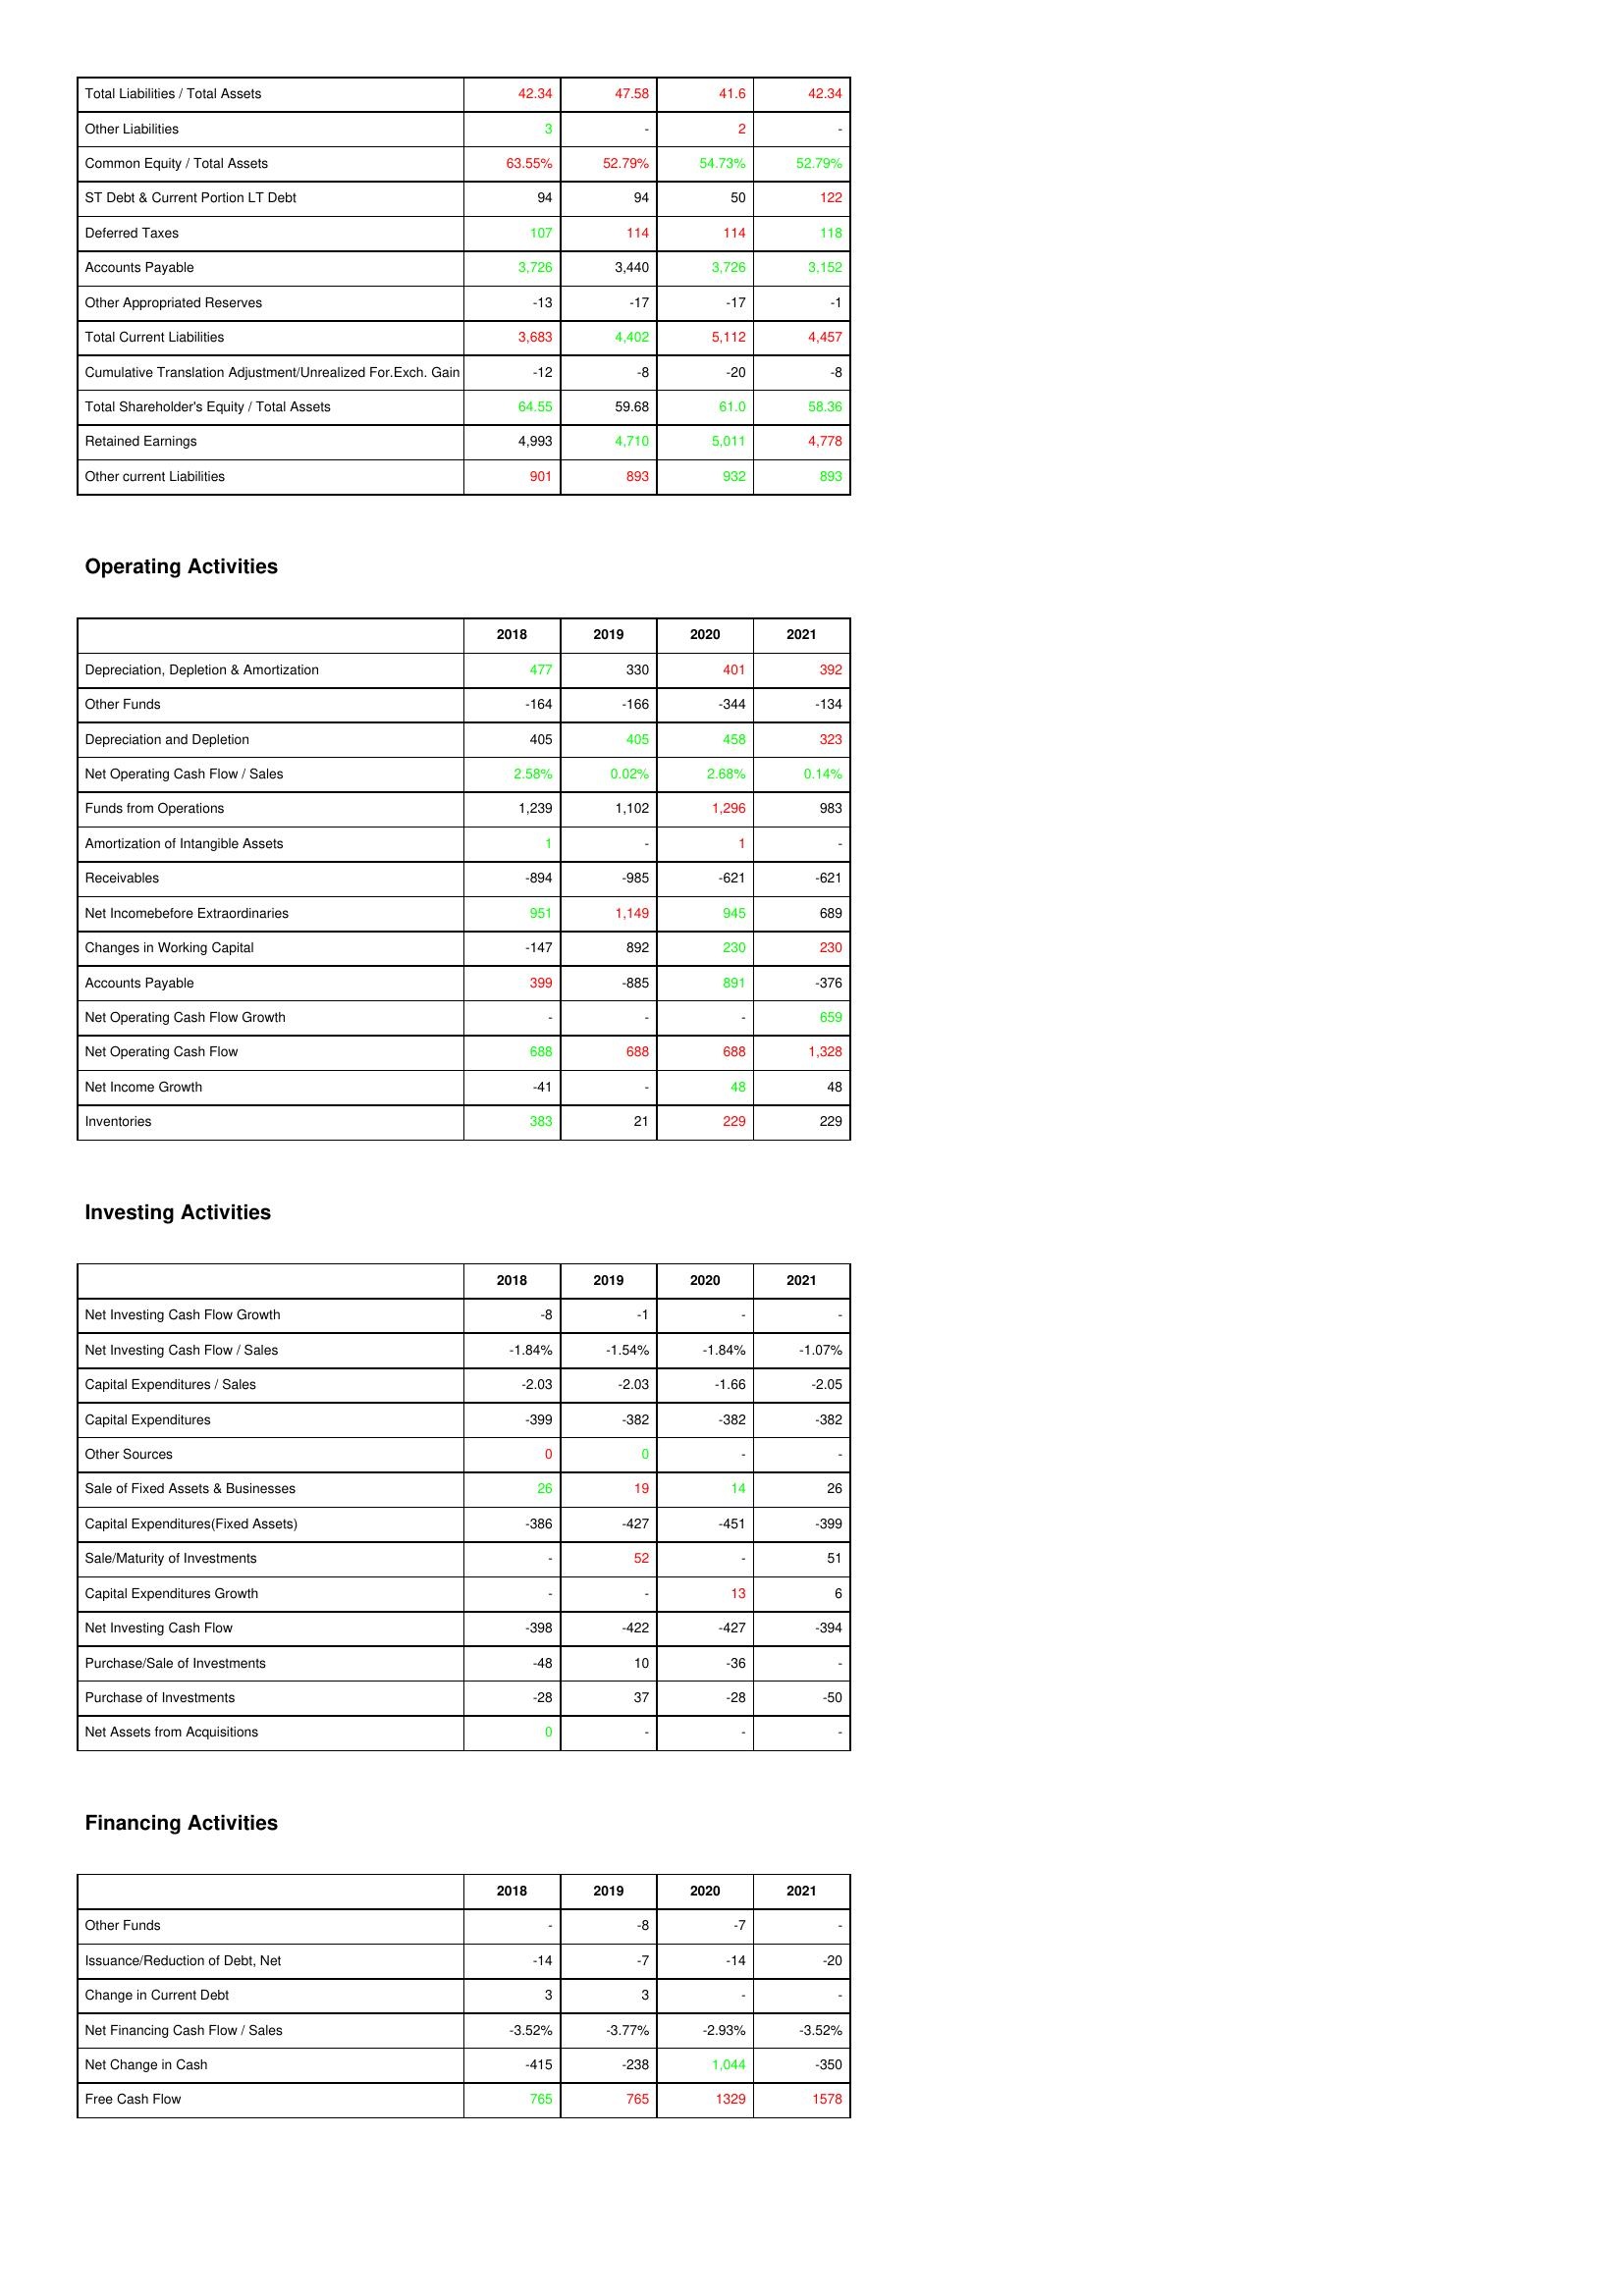
gt_parse: 2018: Liabilities & Shareholder's Equity: Total Liabilities / Total Assets: 42.34
Other Liabilities: 3
Common Equity / Total Assets: 63.55%
ST Debt & Current Portion LT Debt: 94
Deferred Taxes: 107
Accounts Payable: 3,726
Other Appropriated Reserves: -13
Total Current Liabilities: 3,683
Cumulative Translation Adjustment/Unrealized For.Exch. Gain: -12
Total Shareholder's Equity / Total Assets: 64.55
Retained Earnings: 4,993
Other current Liabilities: 901
Operating Activities: Depreciation, Depletion & Amortization: 477
Other Funds: -164
Depreciation and Depletion: 405
Net Operating Cash Flow / Sales: 2.58%
Funds from Operations: 1,239
Amortization of Intangible Assets: 1
Receivables: -894
Net Incomebefore Extraordinaries: 951
Changes in Working Capital: -147
Accounts Payable: 399
Net Operating Cash Flow Growth: -
Net Operating Cash Flow: 688
Net Income Growth: -41
Inventories: 383
Investing Activities: Net Investing Cash Flow Growth: -8
Net Investing Cash Flow / Sales: -1.84%
Capital Expenditures / Sales: -2.03
Capital Expenditures: -399
Other Sources: 0
Sale of Fixed Assets & Businesses: 26
Capital Expenditures(Fixed Assets): -386
Sale/Maturity of Investments: -
Capital Expenditures Growth: -
Net Investing Cash Flow: -398
Purchase/Sale of Investments: -48
Purchase of Investments: -28
Net Assets from Acquisitions: 0
Financing Activities: Other Funds: -
Issuance/Reduction of Debt, Net: -14
Change in Current Debt: 3
Net Financing Cash Flow / Sales: -3.52%
Net Change in Cash: -415
Free Cash Flow: 765
2019: Liabilities & Shareholder's Equity: Total Liabilities / Total Assets: 47.58
Other Liabilities: -
Common Equity / Total Assets: 52.79%
ST Debt & Current Portion LT Debt: 94
Deferred Taxes: 114
Accounts Payable: 3,440
Other Appropriated Reserves: -17
Total Current Liabilities: 4,402
Cumulative Translation Adjustment/Unrealized For.Exch. Gain: -8
Total Shareholder's Equity / Total Assets: 59.68
Retained Earnings: 4,710
Other current Liabilities: 893
Operating Activities: Depreciation, Depletion & Amortization: 330
Other Funds: -166
Depreciation and Depletion: 405
Net Operating Cash Flow / Sales: 0.02%
Funds from Operations: 1,102
Amortization of Intangible Assets: -
Receivables: -985
Net Incomebefore Extraordinaries: 1,149
Changes in Working Capital: 892
Accounts Payable: -885
Net Operating Cash Flow Growth: -
Net Operating Cash Flow: 688
Net Income Growth: -
Inventories: 21
Investing Activities: Net Investing Cash Flow Growth: -1
Net Investing Cash Flow / Sales: -1.54%
Capital Expenditures / Sales: -2.03
Capital Expenditures: -382
Other Sources: 0
Sale of Fixed Assets & Businesses: 19
Capital Expenditures(Fixed Assets): -427
Sale/Maturity of Investments: 52
Capital Expenditures Growth: -
Net Investing Cash Flow: -422
Purchase/Sale of Investments: 10
Purchase of Investments: 37
Net Assets from Acquisitions: -
Financing Activities: Other Funds: -8
Issuance/Reduction of Debt, Net: -7
Change in Current Debt: 3
Net Financing Cash Flow / Sales: -3.77%
Net Change in Cash: -238
Free Cash Flow: 765
2020: Liabilities & Shareholder's Equity: Total Liabilities / Total Assets: 41.6
Other Liabilities: 2
Common Equity / Total Assets: 54.73%
ST Debt & Current Portion LT Debt: 50
Deferred Taxes: 114
Accounts Payable: 3,726
Other Appropriated Reserves: -17
Total Current Liabilities: 5,112
Cumulative Translation Adjustment/Unrealized For.Exch. Gain: -20
Total Shareholder's Equity / Total Assets: 61.0
Retained Earnings: 5,011
Other current Liabilities: 932
Operating Activities: Depreciation, Depletion & Amortization: 401
Other Funds: -344
Depreciation and Depletion: 458
Net Operating Cash Flow / Sales: 2.68%
Funds from Operations: 1,296
Amortization of Intangible Assets: 1
Receivables: -621
Net Incomebefore Extraordinaries: 945
Changes in Working Capital: 230
Accounts Payable: 891
Net Operating Cash Flow Growth: -
Net Operating Cash Flow: 688
Net Income Growth: 48
Inventories: 229
Investing Activities: Net Investing Cash Flow Growth: -
Net Investing Cash Flow / Sales: -1.84%
Capital Expenditures / Sales: -1.66
Capital Expenditures: -382
Other Sources: -
Sale of Fixed Assets & Businesses: 14
Capital Expenditures(Fixed Assets): -451
Sale/Maturity of Investments: -
Capital Expenditures Growth: 13
Net Investing Cash Flow: -427
Purchase/Sale of Investments: -36
Purchase of Investments: -28
Net Assets from Acquisitions: -
Financing Activities: Other Funds: -7
Issuance/Reduction of Debt, Net: -14
Change in Current Debt: -
Net Financing Cash Flow / Sales: -2.93%
Net Change in Cash: 1,044
Free Cash Flow: 1329
2021: Liabilities & Shareholder's Equity: Total Liabilities / Total Assets: 42.34
Other Liabilities: -
Common Equity / Total Assets: 52.79%
ST Debt & Current Portion LT Debt: 122
Deferred Taxes: 118
Accounts Payable: 3,152
Other Appropriated Reserves: -1
Total Current Liabilities: 4,457
Cumulative Translation Adjustment/Unrealized For.Exch. Gain: -8
Total Shareholder's Equity / Total Assets: 58.36
Retained Earnings: 4,778
Other current Liabilities: 893
Operating Activities: Depreciation, Depletion & Amortization: 392
Other Funds: -134
Depreciation and Depletion: 323
Net Operating Cash Flow / Sales: 0.14%
Funds from Operations: 983
Amortization of Intangible Assets: -
Receivables: -621
Net Incomebefore Extraordinaries: 689
Changes in Working Capital: 230
Accounts Payable: -376
Net Operating Cash Flow Growth: 659
Net Operating Cash Flow: 1,328
Net Income Growth: 48
Inventories: 229
Investing Activities: Net Investing Cash Flow Growth: -
Net Investing Cash Flow / Sales: -1.07%
Capital Expenditures / Sales: -2.05
Capital Expenditures: -382
Other Sources: -
Sale of Fixed Assets & Businesses: 26
Capital Expenditures(Fixed Assets): -399
Sale/Maturity of Investments: 51
Capital Expenditures Growth: 6
Net Investing Cash Flow: -394
Purchase/Sale of Investments: -
Purchase of Investments: -50
Net Assets from Acquisitions: -
Financing Activities: Other Funds: -
Issuance/Reduction of Debt, Net: -20
Change in Current Debt: -
Net Financing Cash Flow / Sales: -3.52%
Net Change in Cash: -350
Free Cash Flow: 1578